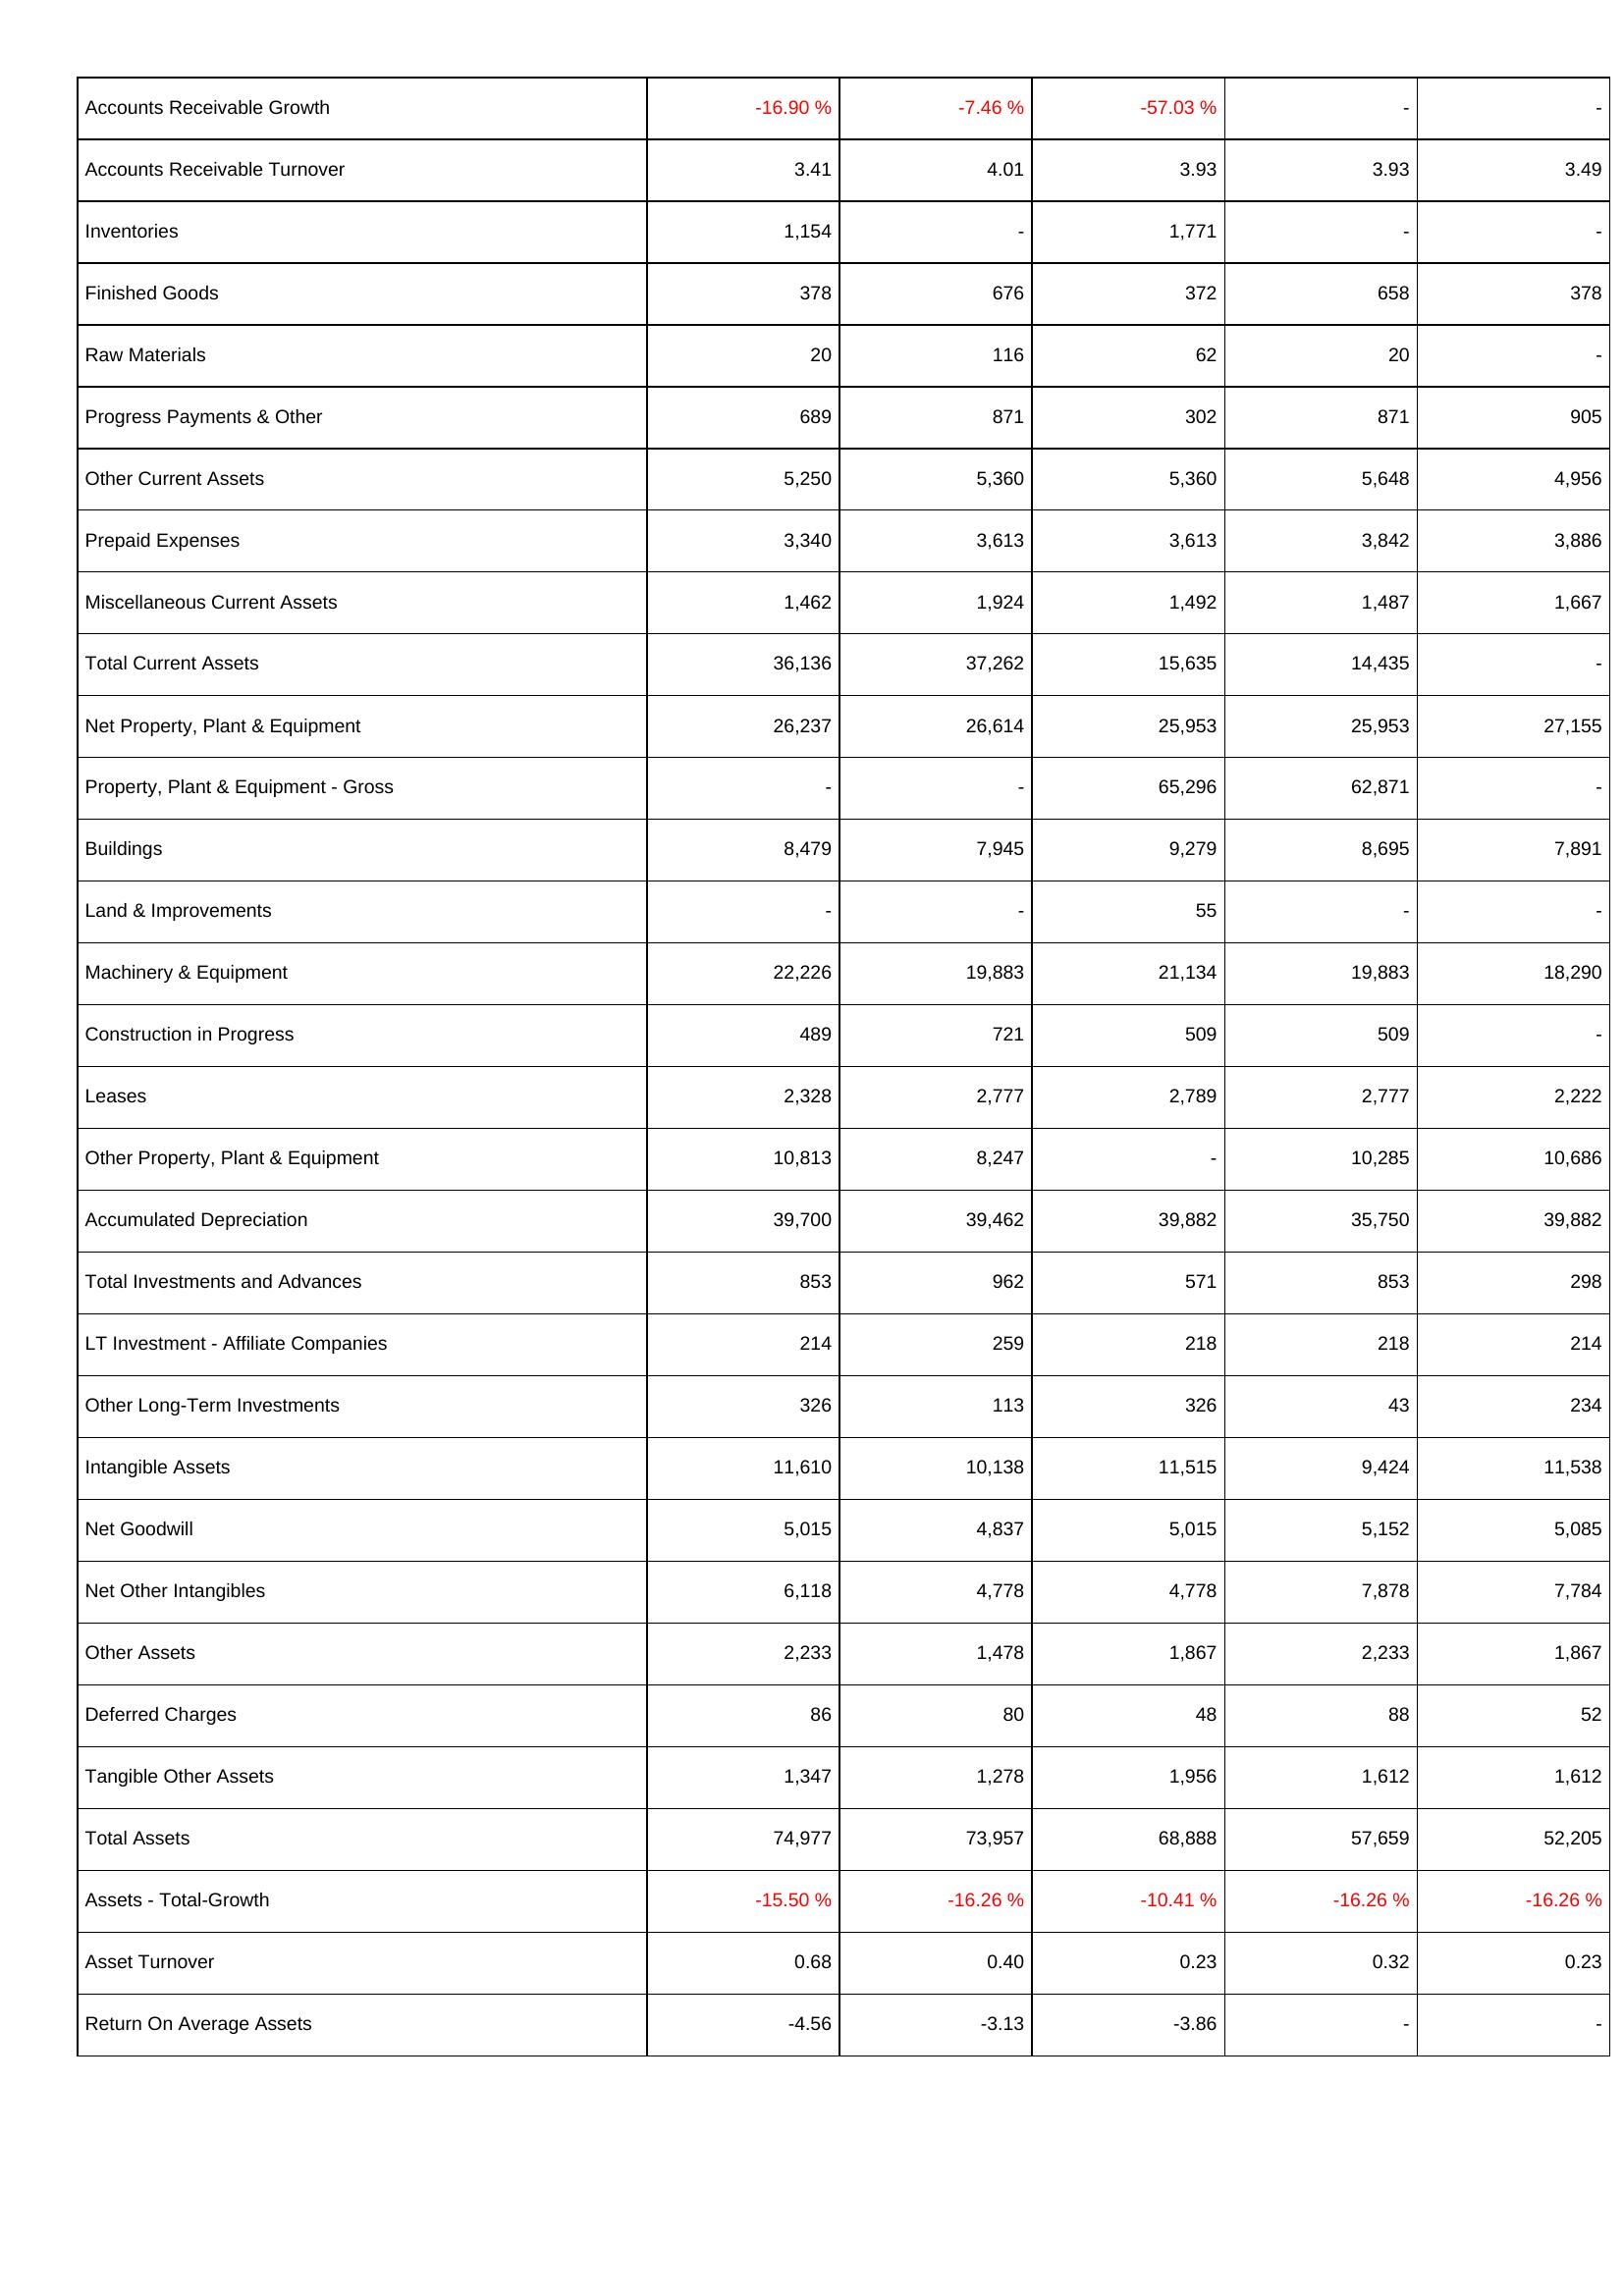
2016: Assets: Accounts Receivable Growth: -16.90 %
Accounts Receivable Turnover: 3.41
Inventories: 1,154
Finished Goods: 378
Raw Materials: 20
Progress Payments & Other: 689
Other Current Assets: 5,250
Prepaid Expenses: 3,340
Miscellaneous Current Assets: 1,462
Total Current Assets: 36,136
Net Property, Plant & Equipment: 26,237
Property, Plant & Equipment - Gross: -
Buildings: 8,479
Land & Improvements: -
Machinery & Equipment: 22,226
Construction in Progress: 489
Leases: 2,328
Other Property, Plant & Equipment: 10,813
Accumulated Depreciation: 39,700
Total Investments and Advances: 853
LT Investment - Affiliate Companies: 214
Other Long-Term Investments: 326
Intangible Assets: 11,610
Net Goodwill: 5,015
Net Other Intangibles: 6,118
Other Assets: 2,233
Deferred Charges: 86
Tangible Other Assets: 1,347
Total Assets: 74,977
Assets - Total-Growth: -15.50 %
Asset Turnover: 0.68
Return On Average Assets: -4.56
2017: Assets: Accounts Receivable Growth: -7.46 %
Accounts Receivable Turnover: 4.01
Inventories: -
Finished Goods: 676
Raw Materials: 116
Progress Payments & Other: 871
Other Current Assets: 5,360
Prepaid Expenses: 3,613
Miscellaneous Current Assets: 1,924
Total Current Assets: 37,262
Net Property, Plant & Equipment: 26,614
Property, Plant & Equipment - Gross: -
Buildings: 7,945
Land & Improvements: -
Machinery & Equipment: 19,883
Construction in Progress: 721
Leases: 2,777
Other Property, Plant & Equipment: 8,247
Accumulated Depreciation: 39,462
Total Investments and Advances: 962
LT Investment - Affiliate Companies: 259
Other Long-Term Investments: 113
Intangible Assets: 10,138
Net Goodwill: 4,837
Net Other Intangibles: 4,778
Other Assets: 1,478
Deferred Charges: 80
Tangible Other Assets: 1,278
Total Assets: 73,957
Assets - Total-Growth: -16.26 %
Asset Turnover: 0.40
Return On Average Assets: -3.13
2018: Assets: Accounts Receivable Growth: -57.03 %
Accounts Receivable Turnover: 3.93
Inventories: 1,771
Finished Goods: 372
Raw Materials: 62
Progress Payments & Other: 302
Other Current Assets: 5,360
Prepaid Expenses: 3,613
Miscellaneous Current Assets: 1,492
Total Current Assets: 15,635
Net Property, Plant & Equipment: 25,953
Property, Plant & Equipment - Gross: 65,296
Buildings: 9,279
Land & Improvements: 55
Machinery & Equipment: 21,134
Construction in Progress: 509
Leases: 2,789
Other Property, Plant & Equipment: -
Accumulated Depreciation: 39,882
Total Investments and Advances: 571
LT Investment - Affiliate Companies: 218
Other Long-Term Investments: 326
Intangible Assets: 11,515
Net Goodwill: 5,015
Net Other Intangibles: 4,778
Other Assets: 1,867
Deferred Charges: 48
Tangible Other Assets: 1,956
Total Assets: 68,888
Assets - Total-Growth: -10.41 %
Asset Turnover: 0.23
Return On Average Assets: -3.86
2019: Assets: Accounts Receivable Growth: -
Accounts Receivable Turnover: 3.93
Inventories: -
Finished Goods: 658
Raw Materials: 20
Progress Payments & Other: 871
Other Current Assets: 5,648
Prepaid Expenses: 3,842
Miscellaneous Current Assets: 1,487
Total Current Assets: 14,435
Net Property, Plant & Equipment: 25,953
Property, Plant & Equipment - Gross: 62,871
Buildings: 8,695
Land & Improvements: -
Machinery & Equipment: 19,883
Construction in Progress: 509
Leases: 2,777
Other Property, Plant & Equipment: 10,285
Accumulated Depreciation: 35,750
Total Investments and Advances: 853
LT Investment - Affiliate Companies: 218
Other Long-Term Investments: 43
Intangible Assets: 9,424
Net Goodwill: 5,152
Net Other Intangibles: 7,878
Other Assets: 2,233
Deferred Charges: 88
Tangible Other Assets: 1,612
Total Assets: 57,659
Assets - Total-Growth: -16.26 %
Asset Turnover: 0.32
Return On Average Assets: -
2020: Assets: Accounts Receivable Growth: -
Accounts Receivable Turnover: 3.49
Inventories: -
Finished Goods: 378
Raw Materials: -
Progress Payments & Other: 905
Other Current Assets: 4,956
Prepaid Expenses: 3,886
Miscellaneous Current Assets: 1,667
Total Current Assets: -
Net Property, Plant & Equipment: 27,155
Property, Plant & Equipment - Gross: -
Buildings: 7,891
Land & Improvements: -
Machinery & Equipment: 18,290
Construction in Progress: -
Leases: 2,222
Other Property, Plant & Equipment: 10,686
Accumulated Depreciation: 39,882
Total Investments and Advances: 298
LT Investment - Affiliate Companies: 214
Other Long-Term Investments: 234
Intangible Assets: 11,538
Net Goodwill: 5,085
Net Other Intangibles: 7,784
Other Assets: 1,867
Deferred Charges: 52
Tangible Other Assets: 1,612
Total Assets: 52,205
Assets - Total-Growth: -16.26 %
Asset Turnover: 0.23
Return On Average Assets: -